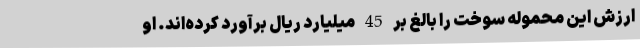
ارزش این محموله سوخت را بالغ بر 45 میلیارد ریال برآورد کرده‌اند. او